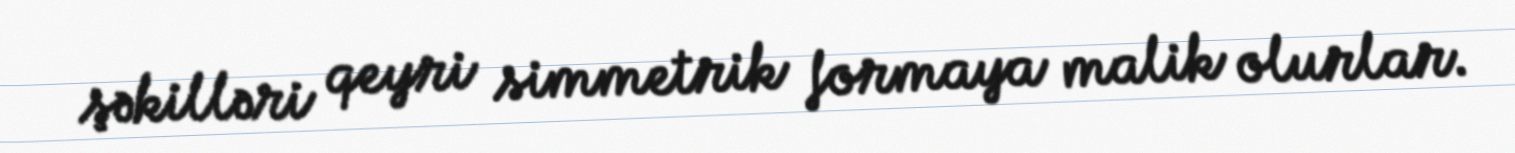
şəkilləri qeyri simmetrik formaya malik olurlar.